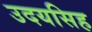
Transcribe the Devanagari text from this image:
उदयसिह